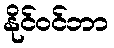
နိုင်ဝင်ဘာ